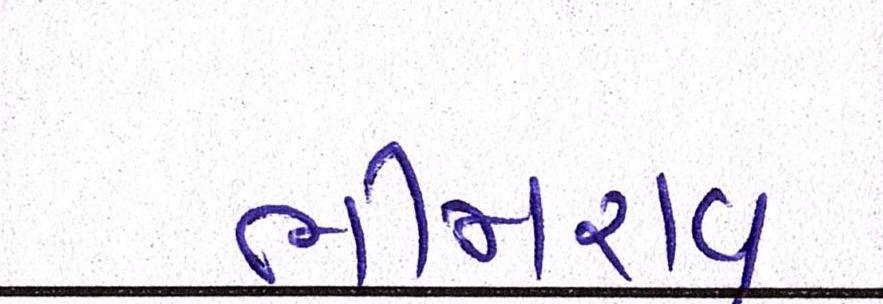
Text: ભીમરાવ